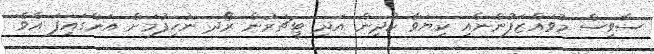
ސާވިސް މުވައްޒަފުންނާއި ކިޔަވާ ކުދިން އަދި ޓީޗަރުން ރޯދ ނުހިފުމަށް އަންގައިފަ އެވެ.